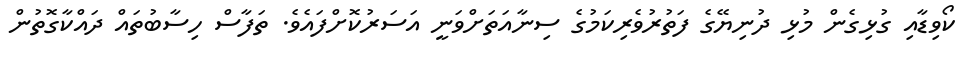
ކޯވިޑާއި ގުޅިގެން މުޅި ދުނިޔޭގެ ފަތުރުވެރިކަމުގެ ސިނާއަތަށްވަނީ އަސަރުކޮށްފައެވެ. ތަފާސް ހިސާބުތައް ދައްކާގޮތުން